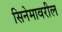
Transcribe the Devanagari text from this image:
सिनेमावरील